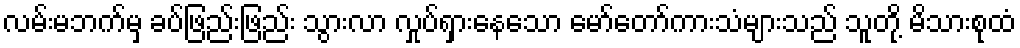
လမ်းမဘက်မှ ခပ်ဖြည်းဖြည်း သွားလာ လှုပ်ရှားနေသော မော်တော်ကားသံများသည် သူတို့ မိသားစုထံ